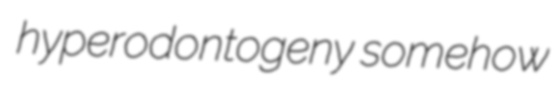
hyperodontogeny somehow